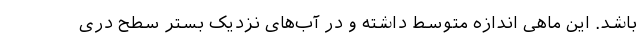
‌باشد. این ماهی اندازه متوسط داشته و در آب‌های نزدیک بستر سطح دری